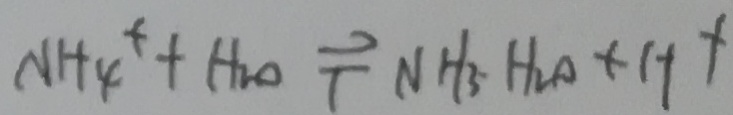
N H _ { 4 } ^ { + } + H _ { 2 0 } \Rightarrow N H _ { 3 } H _ { 2 } O + H ^ { + }